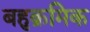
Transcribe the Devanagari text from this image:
बहुक्रमिक